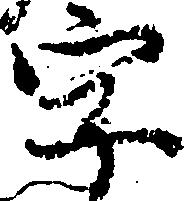
字